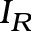
I _ { R }